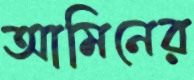
আমিনের